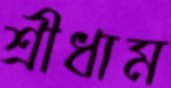
শ্রীধাম